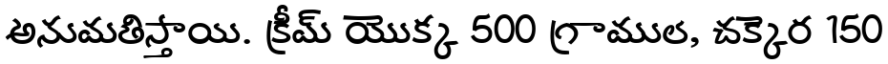
అనుమతిస్తాయి. క్రీమ్ యొక్క 500 గ్రాముల, చక్కెర 150